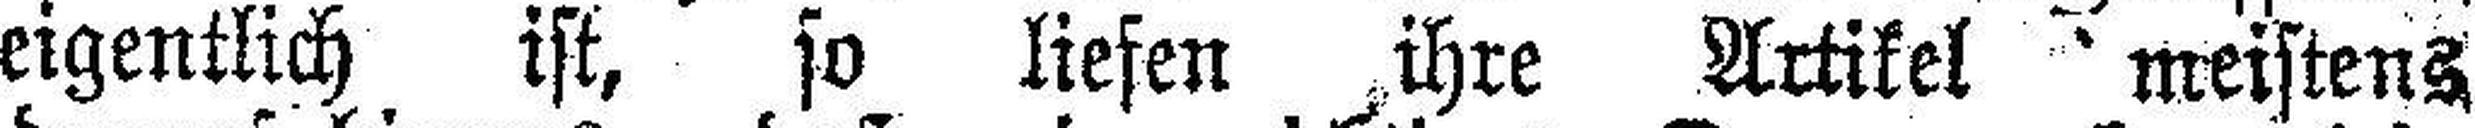
eigentlich ist, so liefen ihre Artikel meistens